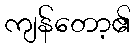
ကျန်တော့၏